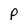
Character: P